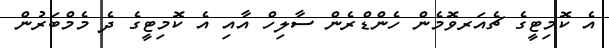
އެ ކޮމިޓީގެ ޗެއަރވޮމެން ހެންޑްރެން ސާލިހް އާއި އެ ކޮމިޓީގެ ދެ މެމްބަރުން